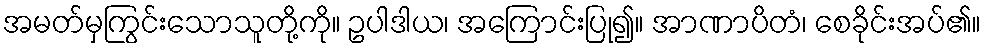
အမတ်မှကြွင်းသောသူတို့ကို။ ဥပါဒါယ၊ အကြောင်းပြု၍။ အာဏာပိတံ၊ စေခိုင်းအပ်၏။